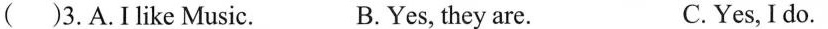
( )3.A.I like Music. B.Yes, they are. C.Yes, I do.